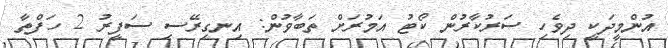
އުންމީދަކީ ދިވެހި ސަރުކާރުން ކޯޓު އަމުރަށް ތަބާވުން: އިނގިރޭސި ސަފީރު 2 ހަފްތާ